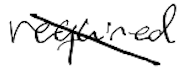
Text: required
Cross-out: diagonal
Writing tool: digital_black